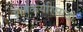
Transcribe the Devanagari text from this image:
शेतकर्यारसाठी